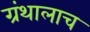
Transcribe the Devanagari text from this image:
ग्रंथालाच